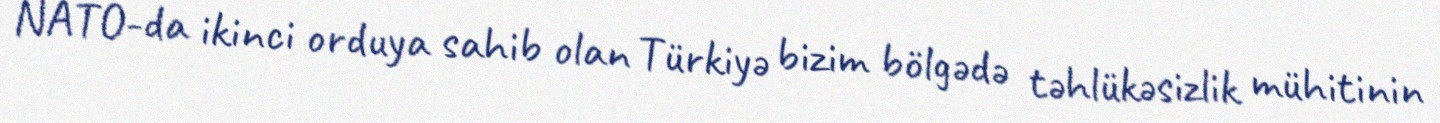
NATO-da ikinci orduya sahib olan Türkiyə bizim bölgədə təhlükəsizlik mühitinin